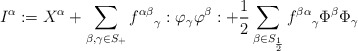
\begin{align*}I^\alpha := X^\alpha + \sum_{\beta, \gamma \in S_+} {f^{\alpha \beta }}_\gamma :\varphi_\gamma\varphi^\beta: + \frac{1}{2} \sum_{\beta \in S_{\frac{1}{2}}} {f^{\beta\alpha}}_\gamma \Phi^\beta\Phi_\gamma\end{align*}